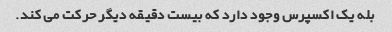
بله یک اکسپرس وجود دارد که بیست دقیقه دیگر حرکت می کند.